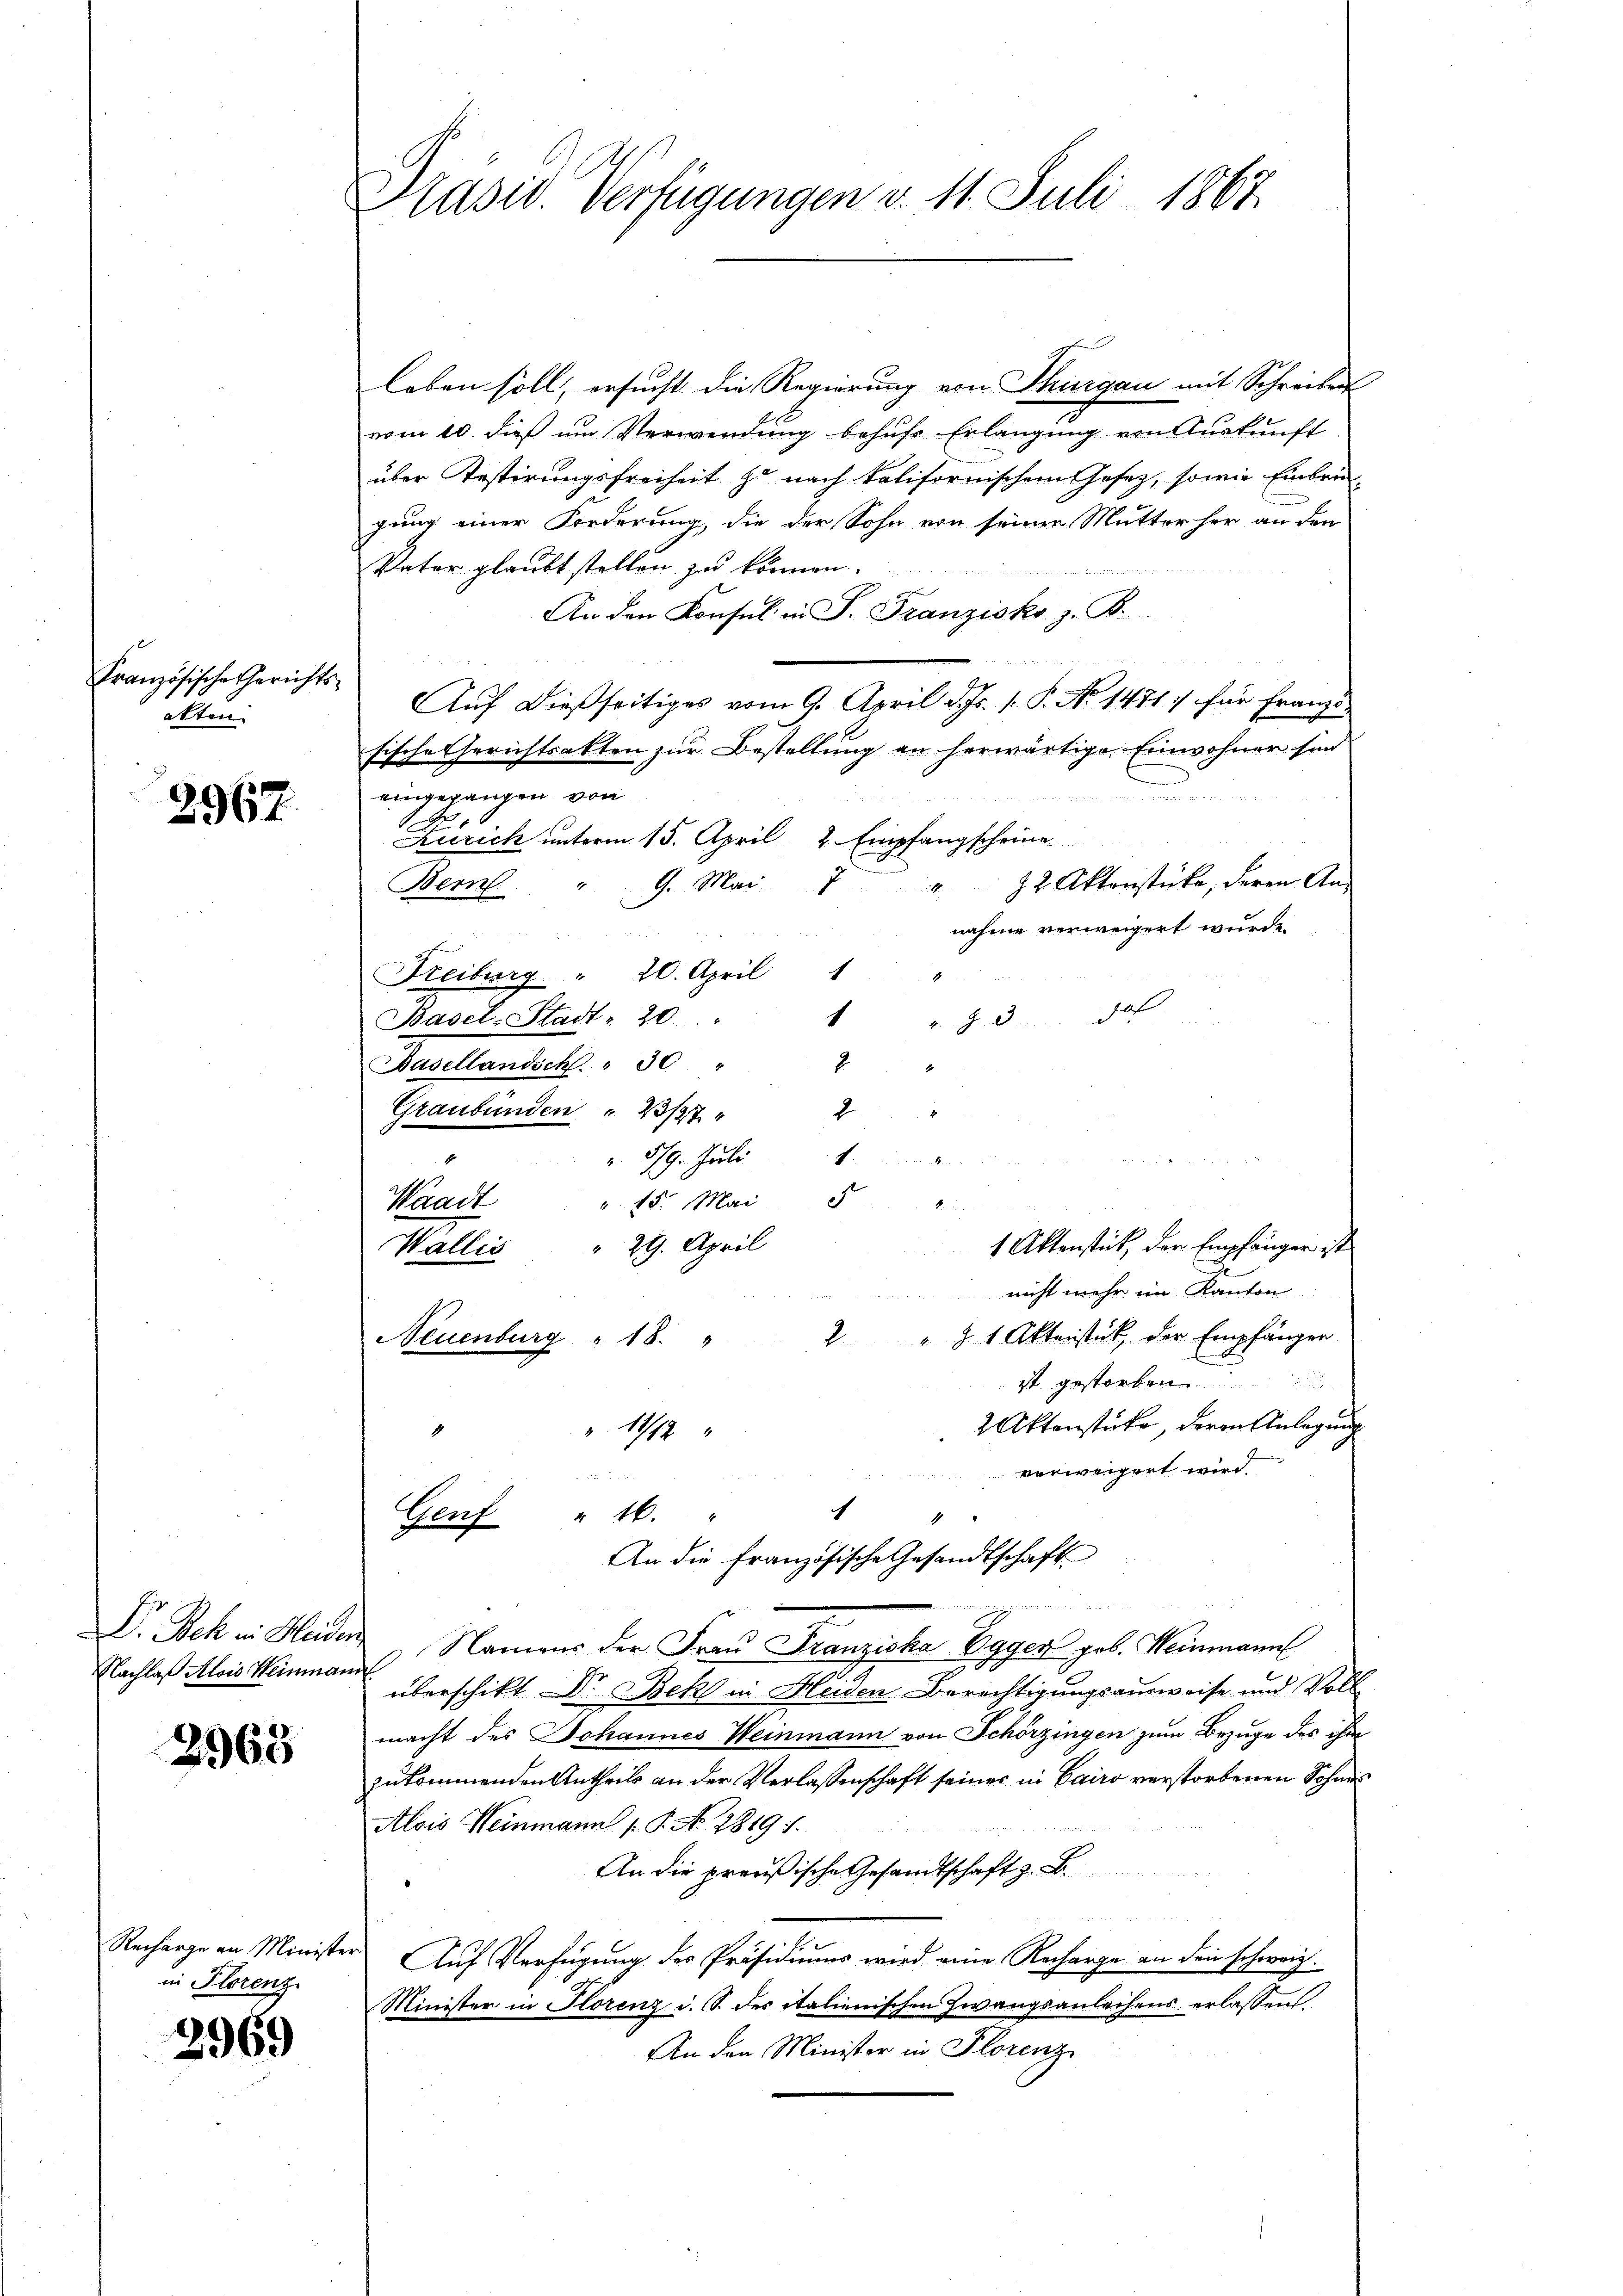
Französische Gerichtsatten.

2967.

Nachlaß Alois Weinmann

2968

in Florenz

3969

Präser Verfügungen v. 11. Juli 1863.

leben soll, ersucht die Regierung von Thurgau mit Schreiben
vom 10. dieß um Verwendung behufs Erlangung von Auskunft
über Testirungsfreiheit zu nach kolifornischem Gesetz, sowie Einbru-
.
gung einer Forderung, die der Sohn von seiner Mutter her an den
Vater glaubt stellen zu können.
An den Konsul in P. Franzisko z. B.
Auf dießseitiges vom 9. April d. Js. 1. P. No 1471. für Franzs
sische Gerichtsakten zur Bestellung an herwärtige Einwohner sind
eingegangen von
Zürich unterm 15. April 2. Empfangscheine
22 Aktenstücke, deren An¬
G. Mai.
Bern.
d
1
nahme verweigert wurde.
Freiburg " 20. April 1
hat
1
Basel-Stadt - 20
J. A.
2
Basellandsch" 30
2
Graubünden " 23/27
8/9. Juli
Kaad
15. Mai 84
Wallis " 29. April
nicht mehr im Kanton
2 § 1 Aktenstück, der Empfänger
Neuenburg " 18.
n
ist gestorben.
2 Aktenstücke, deren Anlegung
11/12
vorweigert wird.
u
h
M.
Genf " 16.
An die französische Gesandtschaft
Dr. Bek in Heiden Namens der Frau Franziska Egger geb. Weinmann
überschikt Dr. Bek in Heiden Berechtigungsausweise und Voll
macht des Johannes Weinmann von Schörzingen zum Bezuge des ihm
zukommenden Antheils an der Verlassenschaft seiner in Cairo verstorbenen Sohnes
Alois Weinmann P. No 7819 i
An die preußische Gesandtschaft z. B.
Recharge an Minister Auf Verfügung des Präsidiums wird eine Recharge an den schweiz.
Minister in Florenz u. S. des italienischen Zwangsanleihens erlassen.
An den Minister in Florenz

1 Aktenstück, der Empfänger ist